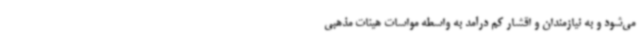
می‌شود و به نیازمندان و اقشار کم درآمد به واسطه مواسات هیئات مذهبی